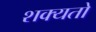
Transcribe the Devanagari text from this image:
शक्‍यतो